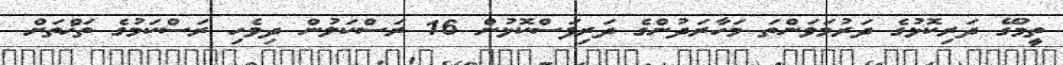
ތީމުގޭ ދަރިކޮޅުގެ ދަރުމަވަންތަ މަހާރަދުންގެ ދަރިފަސްކޮޅުން 16 ރަސްކަލުން ދިވެހި ރަސްކަމުގެ ތަޚްތަށް